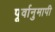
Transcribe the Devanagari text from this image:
पूर्वानुमापी